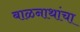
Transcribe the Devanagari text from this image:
बाळनाथांचा